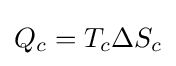
Q_{c}=T_{c}\Delta S_{c}